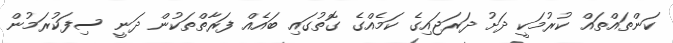
ކަންތައްތައް ކުރުމަކީ ދަށު ދަރަޖައިގެ ކަމެއްގެ ގޮތުގައި ބައެއް ފަރާތްތަކުން ދަނީ ސިފަކުރަމުން